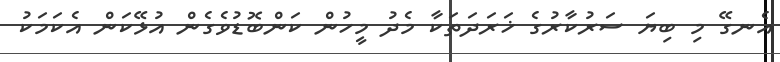
އެނގޭ މި ބިޔަ ސަރުކާރުގެ ޚަރަދަތަކާ މެދު މީހުން ކަންބޮޑުވެގެން އުޅޭކަން އެކަމަކު